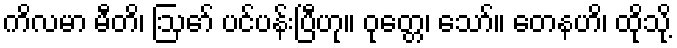
ကိလမာ မီတိ၊ ဩော် ပင်ပန်းပြီဟု။ ဝုတ္တေ၊ သော်။ တေနဟိ၊ ထိုသို့